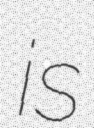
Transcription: is